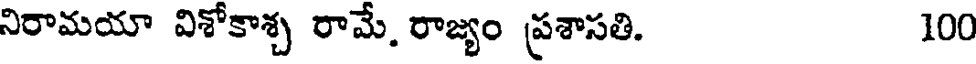
నిరామయా విశోకాశ్చ రామే. రాజ్యం ప్రశాసతి. 100